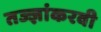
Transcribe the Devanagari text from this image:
तज्ज्ञांकरवी